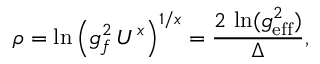
\rho = \ln \left( g _ { f } ^ { 2 } \, U ^ { x } \right) ^ { 1 / x } = { \frac { 2 \, \ln ( g _ { \mathrm { e f f } } ^ { 2 } ) } { \Delta } } ,